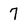
Character: 7